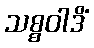
သစ္စဝါဒိံ